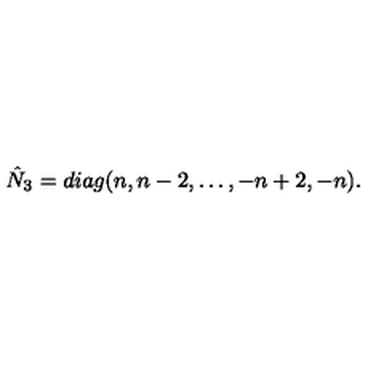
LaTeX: \hat { N } _ { 3 } = d i a g ( n , n - 2 , \ldots , - n + 2 , - n ) .